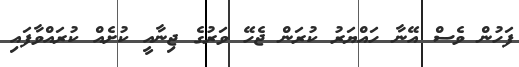
ފަހުން ވެސް އޭނާ ހައްޔަރު ކުރަން ޖެހޭ ވަރުގެ ޖިނާއީ ކުށެއް ކުރައްވާފައި